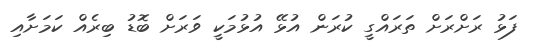
ފަޅު ރަށްރަށް ތަރައްގީ ކުރަން އުޅޭ އުޅުމަކީ ވަރަށް ބޮޑު ބިރެއް ކަމަށާއި